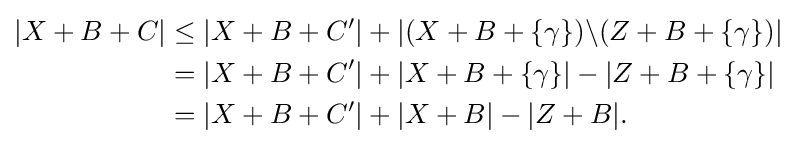
{\begin{aligned}|X+B+C|&\leq |X+B+C'|+|(X+B+\{\gamma \})\backslash (Z+B+\{\gamma \})|\\&=|X+B+C'|+|X+B+\{\gamma \}|-|Z+B+\{\gamma \}|\\&=|X+B+C'|+|X+B|-|Z+B|.\end{aligned}}